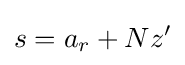
s=a_{r}+Nz'